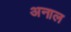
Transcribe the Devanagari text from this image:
अनाल